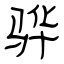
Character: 骅